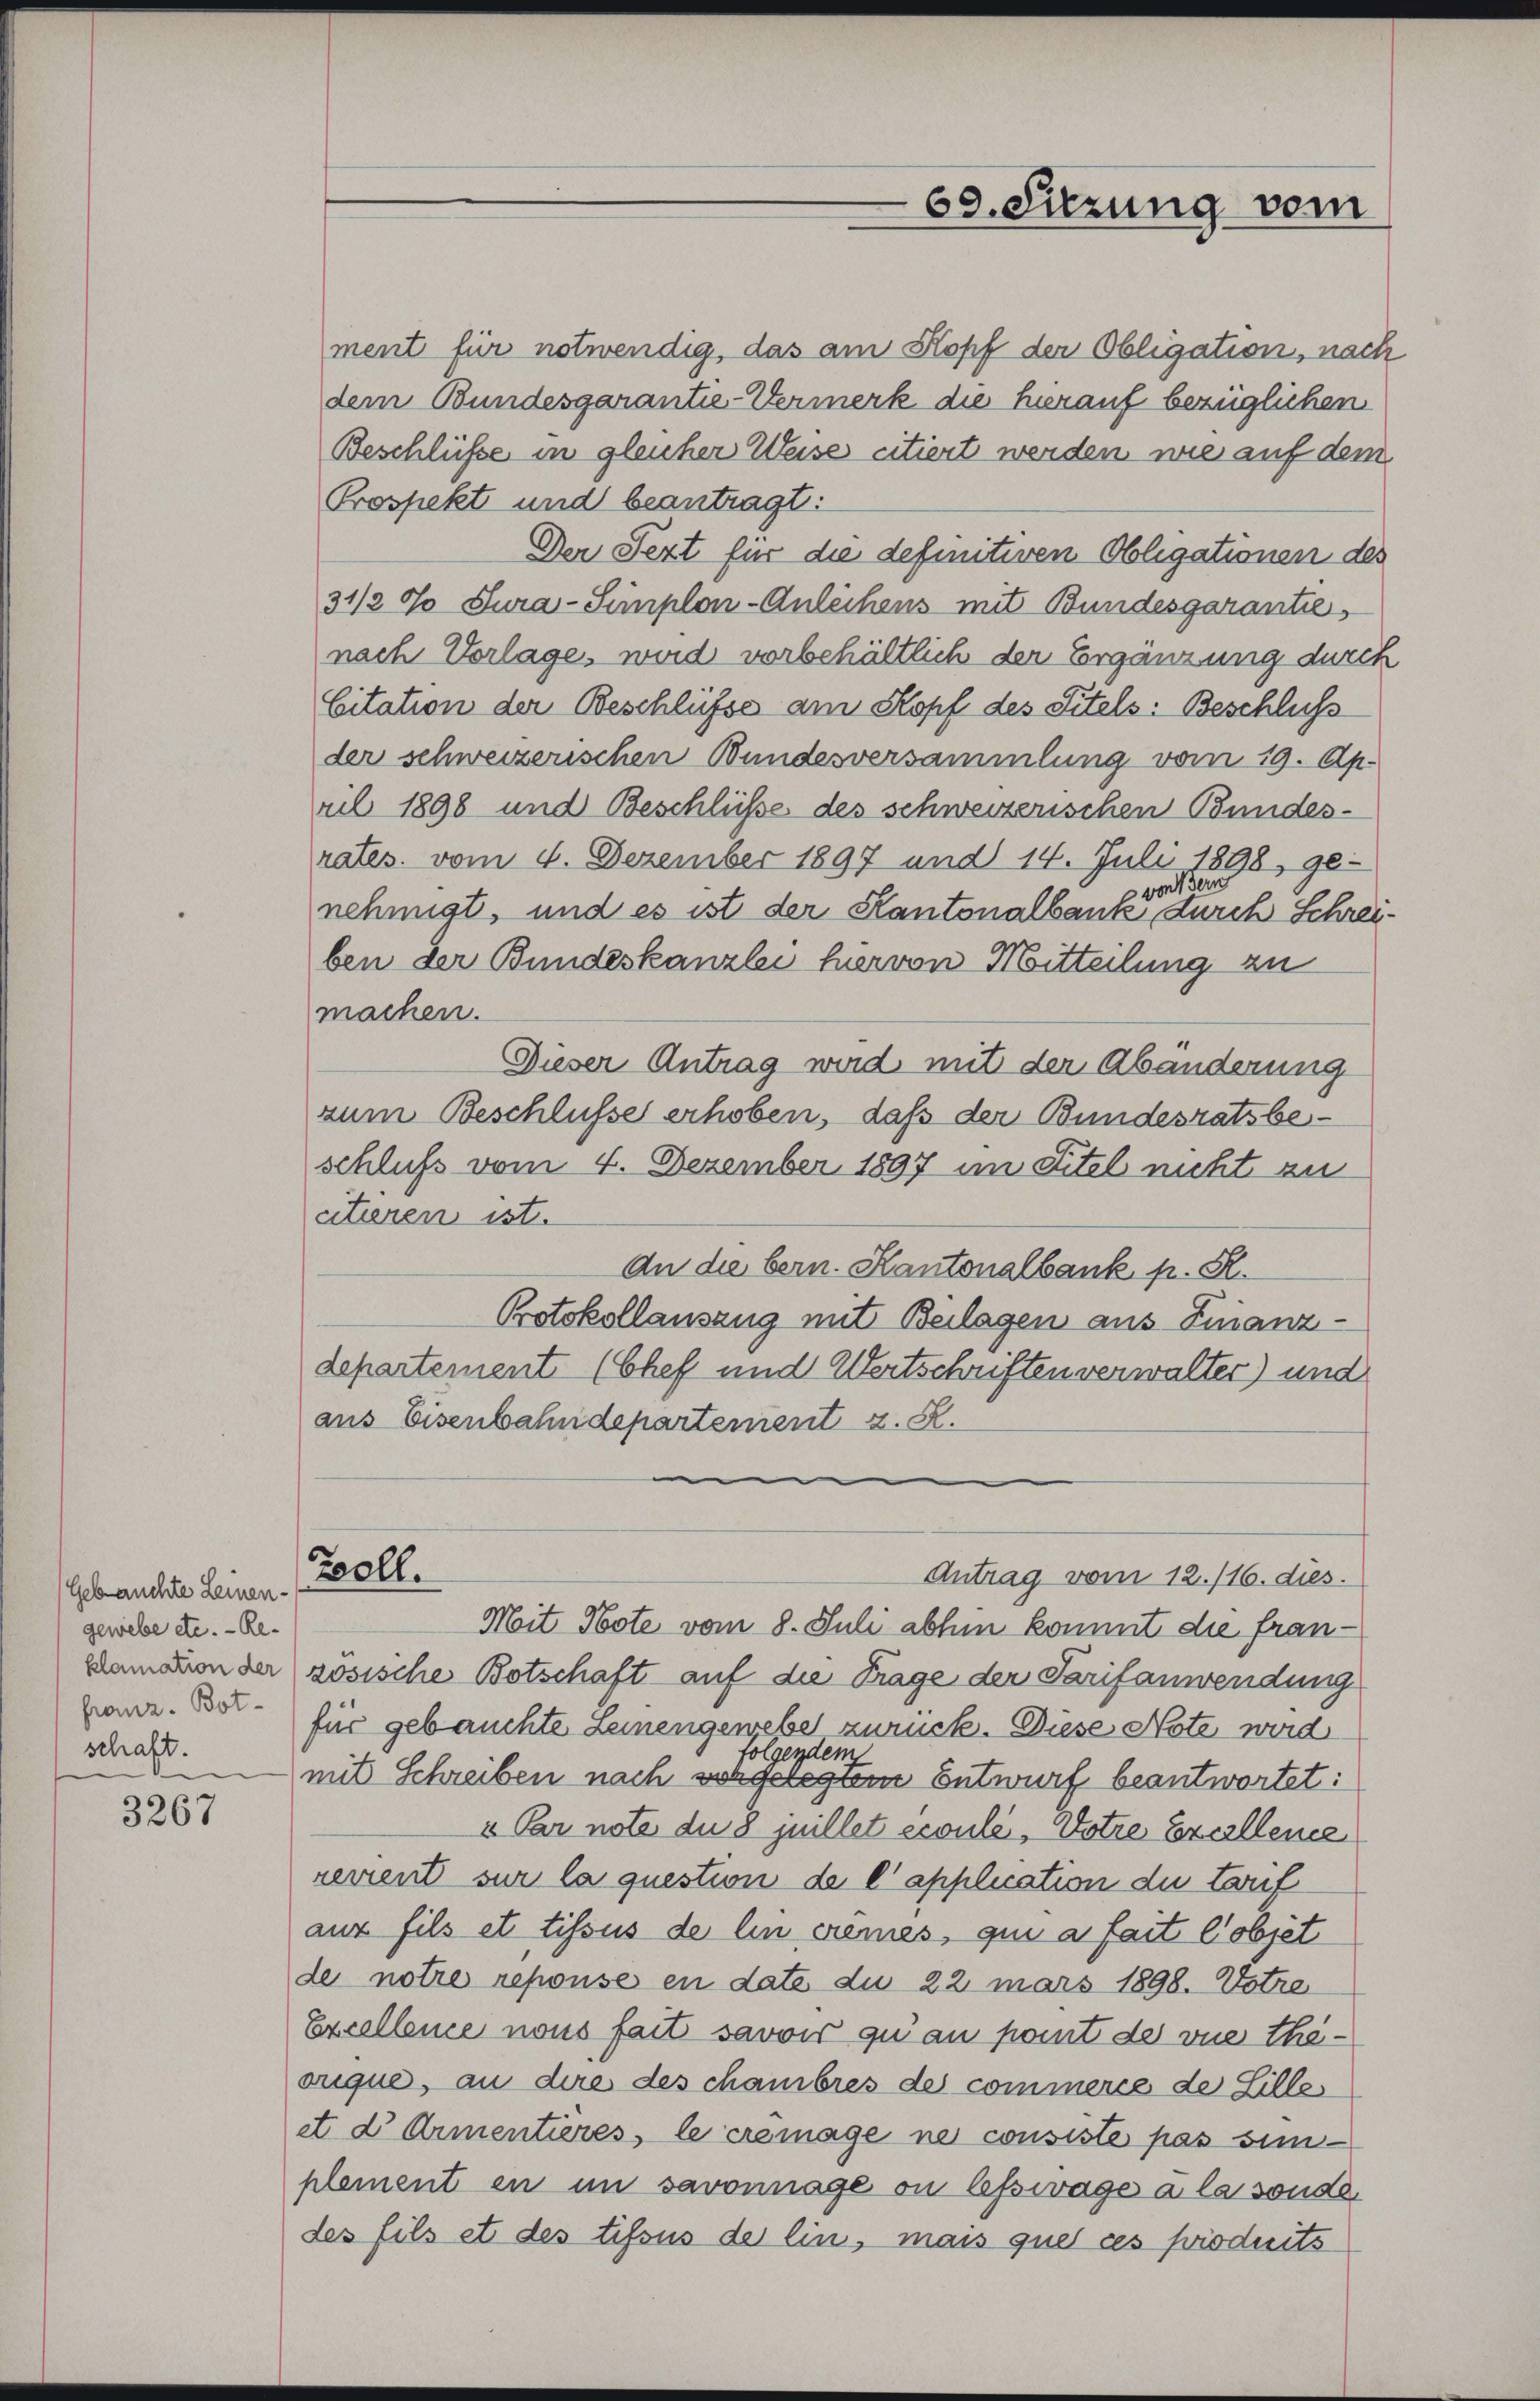
(Gebrauchte Leinen-
gewebe etc. - Reklamation der
franz. Botschaft.

3267

69. Sitzung vom

ment für notwendig, das am Kopf der Obligation, nach
dem Bundesgarantie-Vermerk die hierauf bezüglichen
Beschlüsse in gleicher Weise citiert werden wie auf dem
Prospekt und beantragt:
Der Fezt für die definitiven Obligationen des
31/2 % Sura-Simplon-Anleihens mit Bundesgarantie
nach Vorlage, wird vorbehältlich der Ergänzung durch
Citation der Beschlüsse am Kopf des Titels: Beschluss
der schweizerischen Bundesversammlung vom 19. Ap-
ril 1898 und Beschlüsse des schweizerischen Bundes-
rates. vom 4. Dezember 1897 und 14. Juli 1898, ge-
von dern
nehmigt, und es ist der Kantonalbank durch Schreiben der Bundeskanzlei hervon Mitteilung zu
machen.
Dieser Antrag wird mit der Abänderung
zum Beschlüsse erhoben, daß der Bundesratsbeschluß vom 4. Dezember 1897 im Titel nicht zu
citieren ist.
An die bern. Kantonalbank p. R.
Protokollauszug mit Beilagen aus Finanz-
departement (Chef und Wertschriften verwalter) und
aus Eisenbahndepartement z. R.
Zell.
Antrag vom 12./16. dies
Moit Note vom 8. Juli abhin kommt die franzosische Botschaft auf die Frage der Tarifanwendung
für gebauchte Leinengewebe zurück. Diese Note wird
folgendem
mit Schreiben nach sorgelegtem Entwurf beantwortet:
u Par note du 8 juillet écoulé, Dotte Excellence
rerrent sur la question de l’application du teuf
aus fils et tissus de lin crimes, qui a fait l’objet
de notre repouse en date du 22 mars 1898. Potre
Excellence nous fait savoir qu’au point des vue thäouque, an dire des chambres des commerce de Lille
et d Armentieres, le cremage ne consiste pas simplement in in savonnage ou lesswage à la sonde
des fils et des tifsus der lin, mais quel ces produits